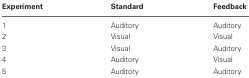
<table><thead><tr><td><b>Experiment</b></td><td><b>Standard</b></td><td><b>Feedback</b></td></tr></thead><tbody><tr><td>1</td><td>Auditory</td><td>Auditory</td></tr><tr><td>2</td><td>Visual</td><td>Visual</td></tr><tr><td>3</td><td>Visual</td><td>Auditory</td></tr><tr><td>4</td><td>Auditory</td><td>Visual</td></tr><tr><td>5</td><td>Auditory</td><td>Auditory</td></tr></tbody></table>